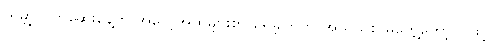
ကမ္ဘာ့လက်ဆေးနေ့ကို အလေ့အထများစွာ မရှိခဲ့ကြဘဲ အသိသစ် မတွေ့တော့သဖြင့်